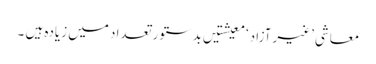
معاشی ’غیر آزاد‘ معیشتیں بدستور تعداد میں زیادہ ہیں ۔